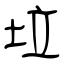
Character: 垃